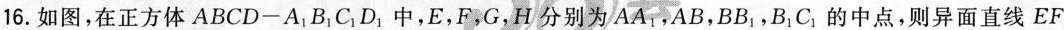
16.如图，在正方体ABCD-A_{1}B_{1}C_{1}D_{1}中，E，F，G，H分别为 AA_{1},AB, BB_{1}，B_{1}C_{1}的中点，则异面直线EF